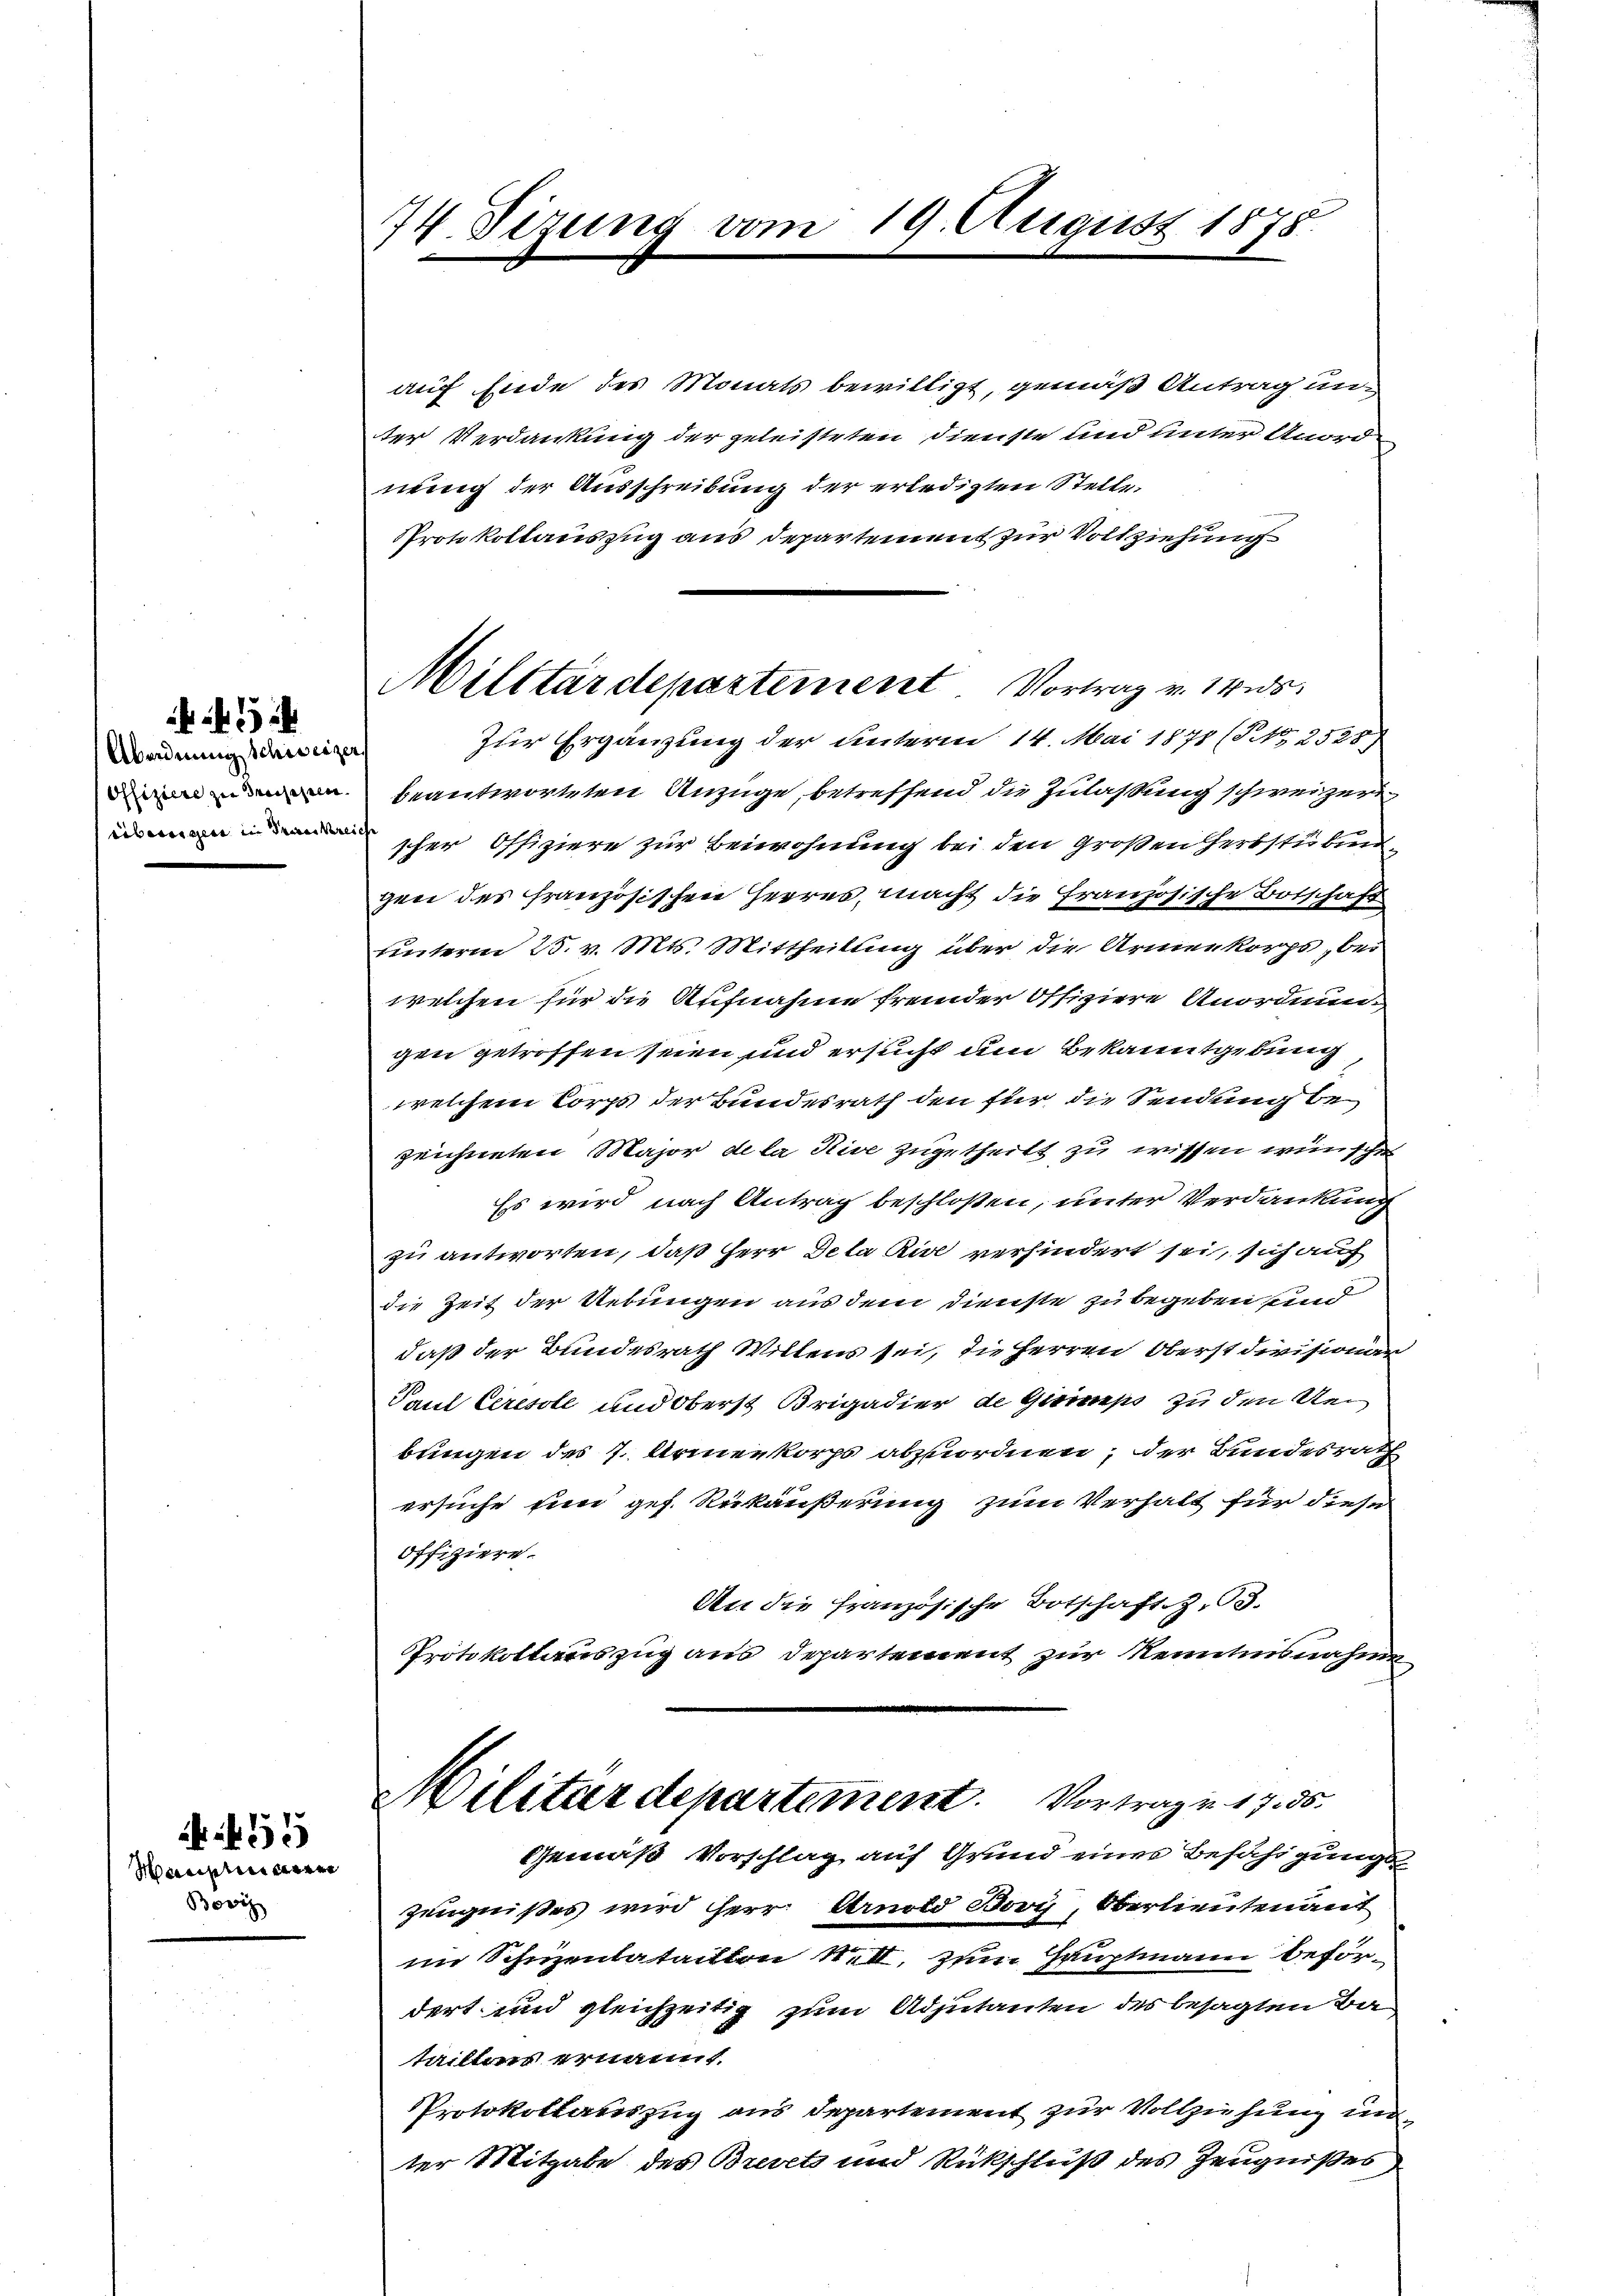
Abordnung Schweizer.
Offiziere zu dreisegeln.
iibereigen in Bereckerei

Manninger
Bovi

55

74. Sitzung vom

19. August 1878.

Militärdepartement Vortrag v. 14.ds.
Zur Ergänzung der unterm 14. Mai 1871 (S. 2528)

auf Ende des Monats bewilligt, gemäß Antrag un-
ter Verdankung der geleisteten Dienste und unter Anord
nung der Ausschreibung der erledigten Stelle.
PProtokollauszug aus Departement zur Vollziehung
beantworteten Anzüge betreffend die Zulassung schweizern
scher Offiziere zur Beiwohnung bei den großen Herbstübungen des französischen Herres, macht die Französische Botschaft
unterm 28. v. Mts. Mittheilung über die Armenkorps bewelchen für die Aufnahme fremder Offiziere Anordnung
gen getroffen seien und ersucht um Bekanntgebung
welchem Corps der Bundesrath den für die Sendung be
zeichneten Major de la Rive zugetheilt zu wissen wünsche
Es wird nach Antrag beschloßen, unter Verdankung
zu antworten, daß Herr Dela Rive verhindert sei, sich auf
die Zeit der Uebungen aus dem Dienste zu begeben und
daß der Bundesrath Willens sei, die Herren Oberst divisionien
Paul Ceresole und Oberst Brigadier de Gimpe zu den den
bungen des 7. Armenkorps abzuordnen; der Bundesrath
ersuche und gef. Rückäußerung zum Verhalt für diese
offiziere.
An die französische Botschaft.Z. 13.
Protokollauszug aus Departement zur Kenntnisnahme¬
Militärdepartement. Vortrag u. 17. 35.
Gemäß Vorschlag auf Grund eines Befähigungs¬
Zeugnißes wird Herr Arnold Bori, Oberlieutenant
im Schuzentataillon 1. II, zum Hauptmann befördert und gleichzeitig zum Adjutanten des besagten Bataillens ernannt
Protokollauszug aus Departement zur Vollziehung un
ter Mitgabe des Brevets und Rückschluß des Zeugnißes